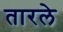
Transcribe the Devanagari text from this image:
तारले